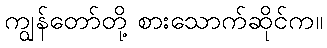
ကျွန်တော်တို့ စားသောက်ဆိုင်က။